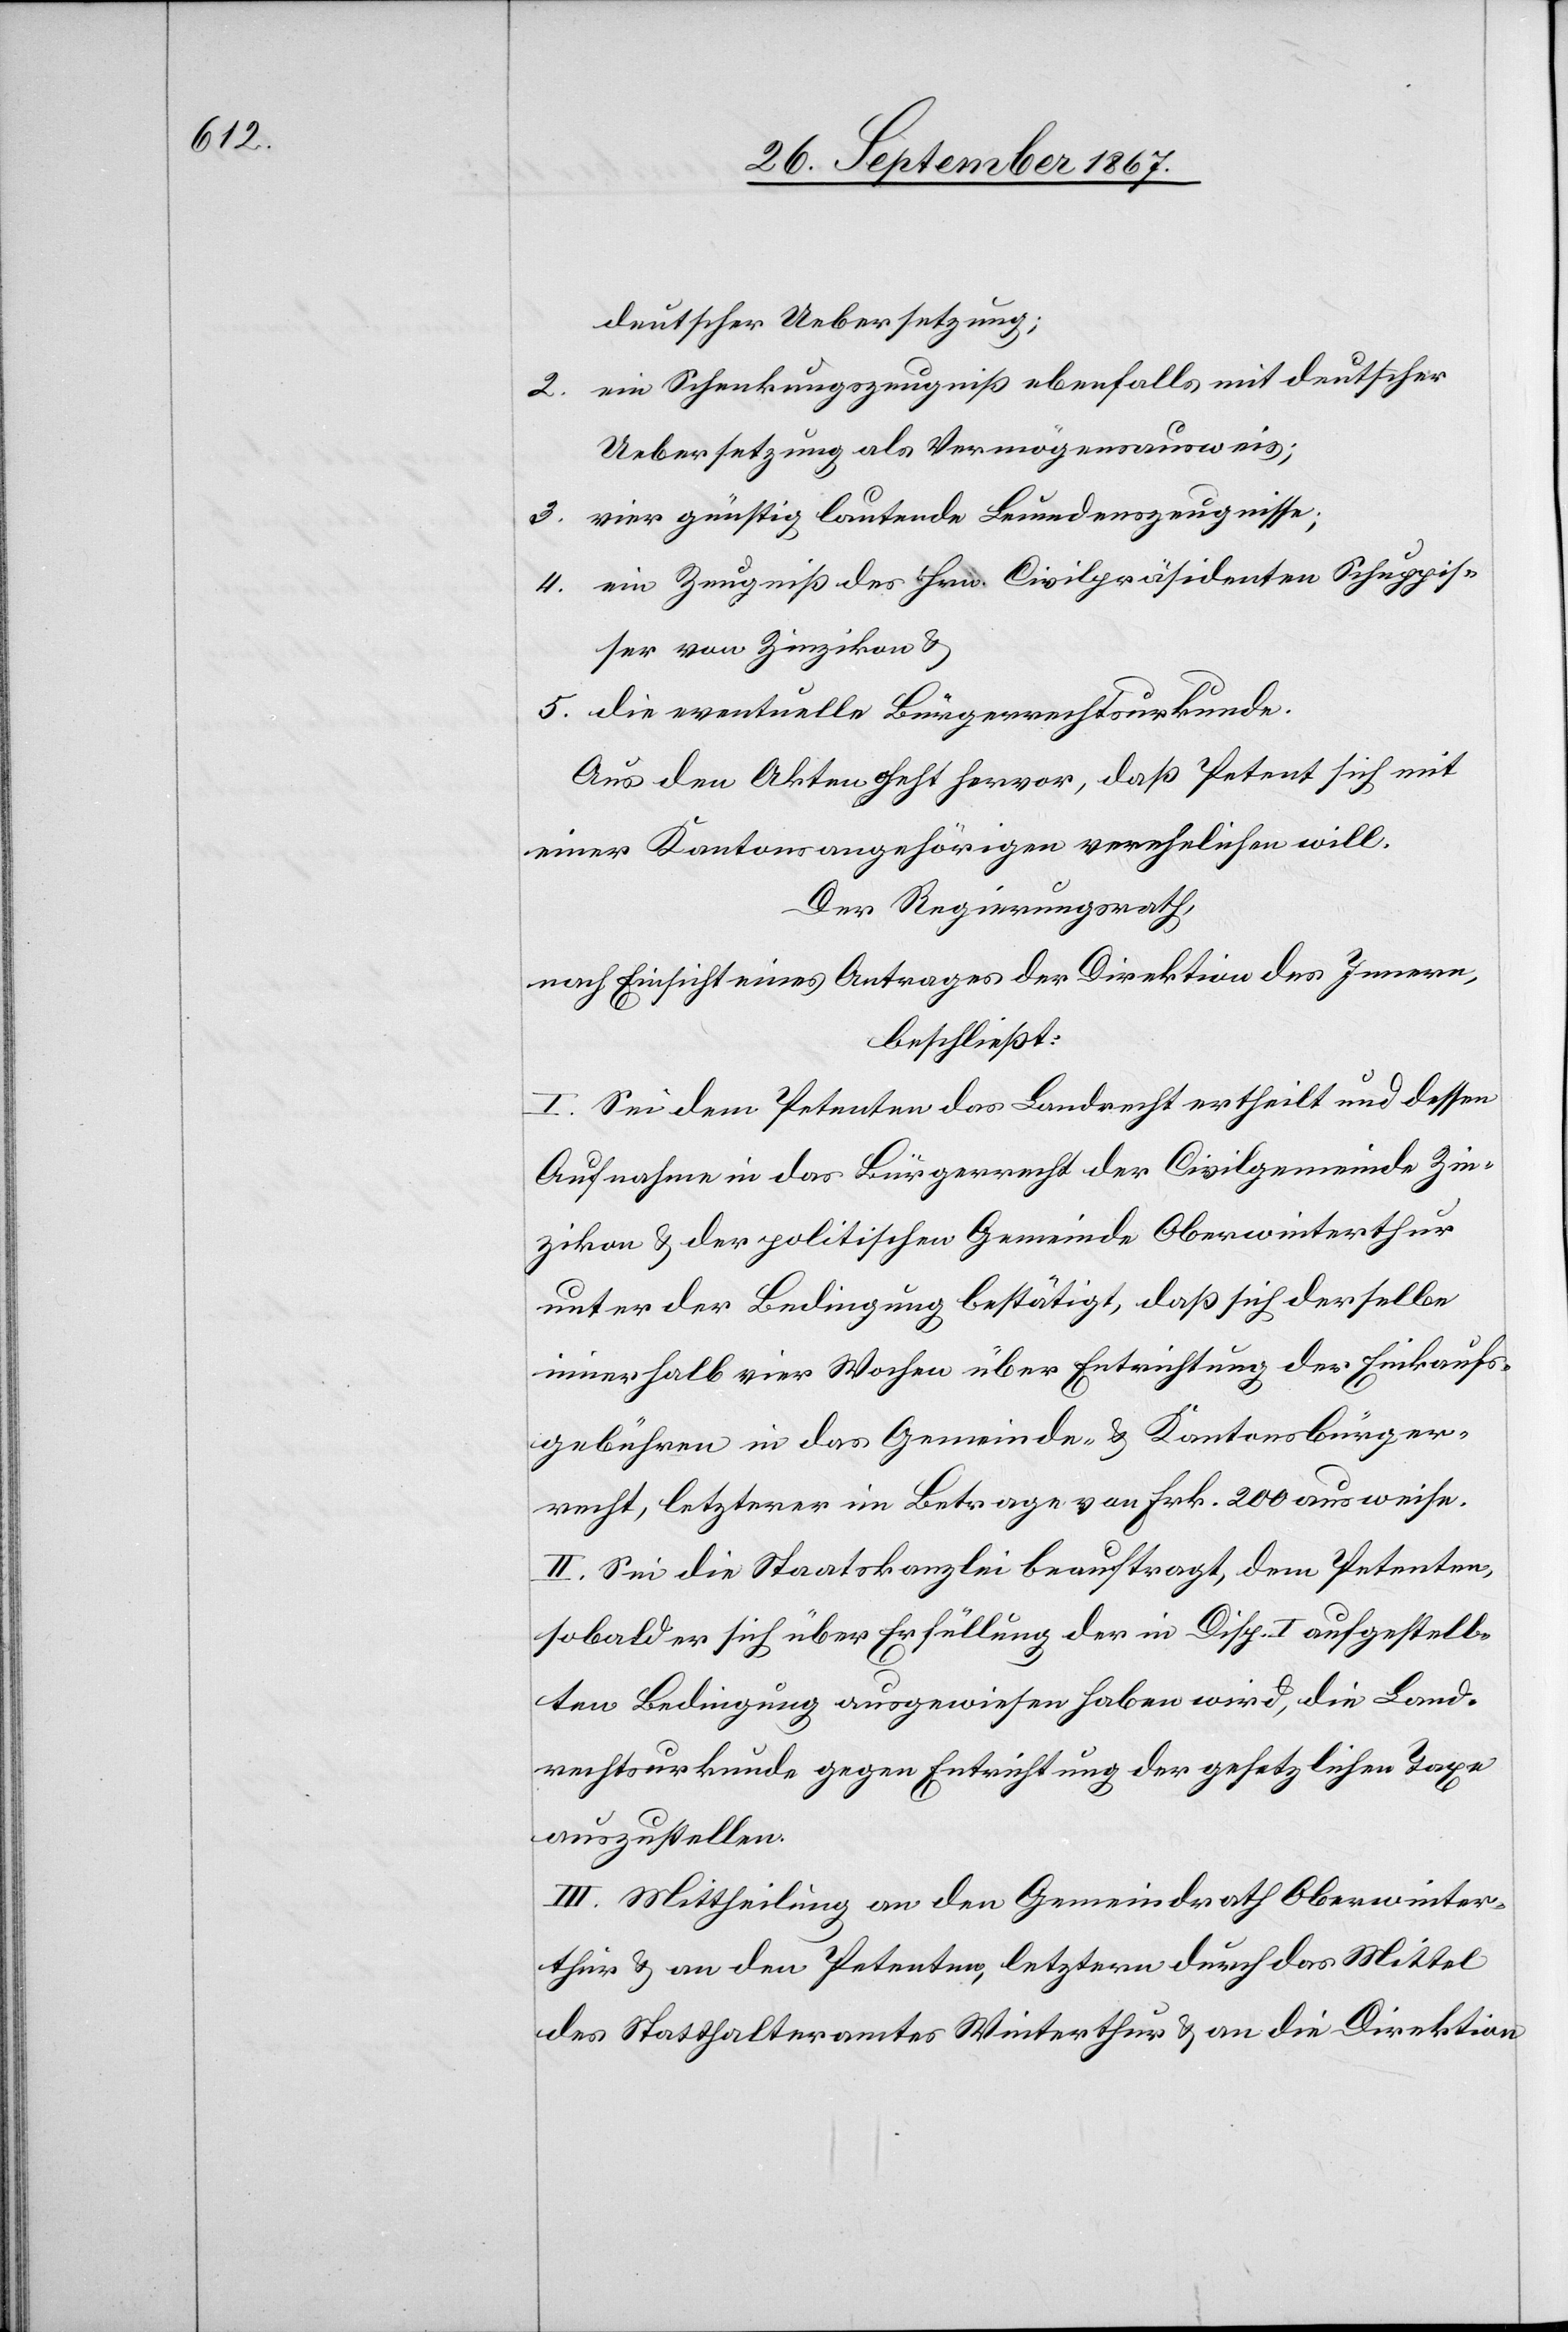
deutscher Uebersetzung;
2. ein Schenkungszeugniß ebenfalls mit deutscher
Uebersetzung als Vermögensausweis;
3. vier günstig lautende Leumdenszeugnisse;
4. ein Zeugniß des Hrn. Civilpräsidenten Schuppis¬
ser von Zinzikon u.
5. die eventuelle Bürgerrechtsurkunde.
Aus den Akten geht hervor, daß Petent sich mit
einer Kantonsangehörigen verehelichen will.
Der Regierungsrath,
nach Einsicht eines Antrages der Direktion des Innern,
beschließt:
I. Sei dem Petenten das Landrecht ertheilt und dessen
Aufnahme in das Bürgerrecht der Civilgemeinde Zin¬
zikon u. der politischen Gemeinde Oberwinterthur
unter der Bedingung bestätigt, daß sich derselbe
innerhalb vier Wochen über Entrichtung der Einkaufs¬
gebühren in das Gemeinde- u. Kantonsbürger¬
recht, letzterer im Betrage von Frk. 200 ausweise.
II. Sei die Staatskanzlei beauftragt, dem Petenten,
sobald er sich über Erfüllung der in Disp. I aufgestell¬
ten Bedingung ausgewiesen haben wird, die Land¬
rechtsurkunde gegen Entrichtung der gesetzlichen Taxe
auszustellen.
III. Mittheilung an den Gemeindrath Oberwinter¬
thur u. an den Petenten, letztern durch das Mittel
des Statthalteramtes Winterthur u. an die Direktion